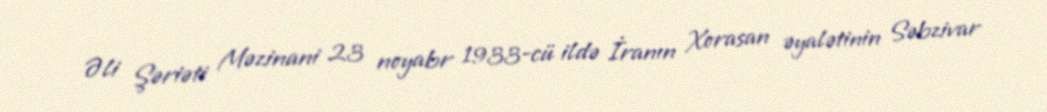
Əli Şəriəti Məzinani 23 noyabr 1933-cü ildə İranın Xorasan əyalətinin Səbzivar